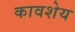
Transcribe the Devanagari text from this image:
कावशेय